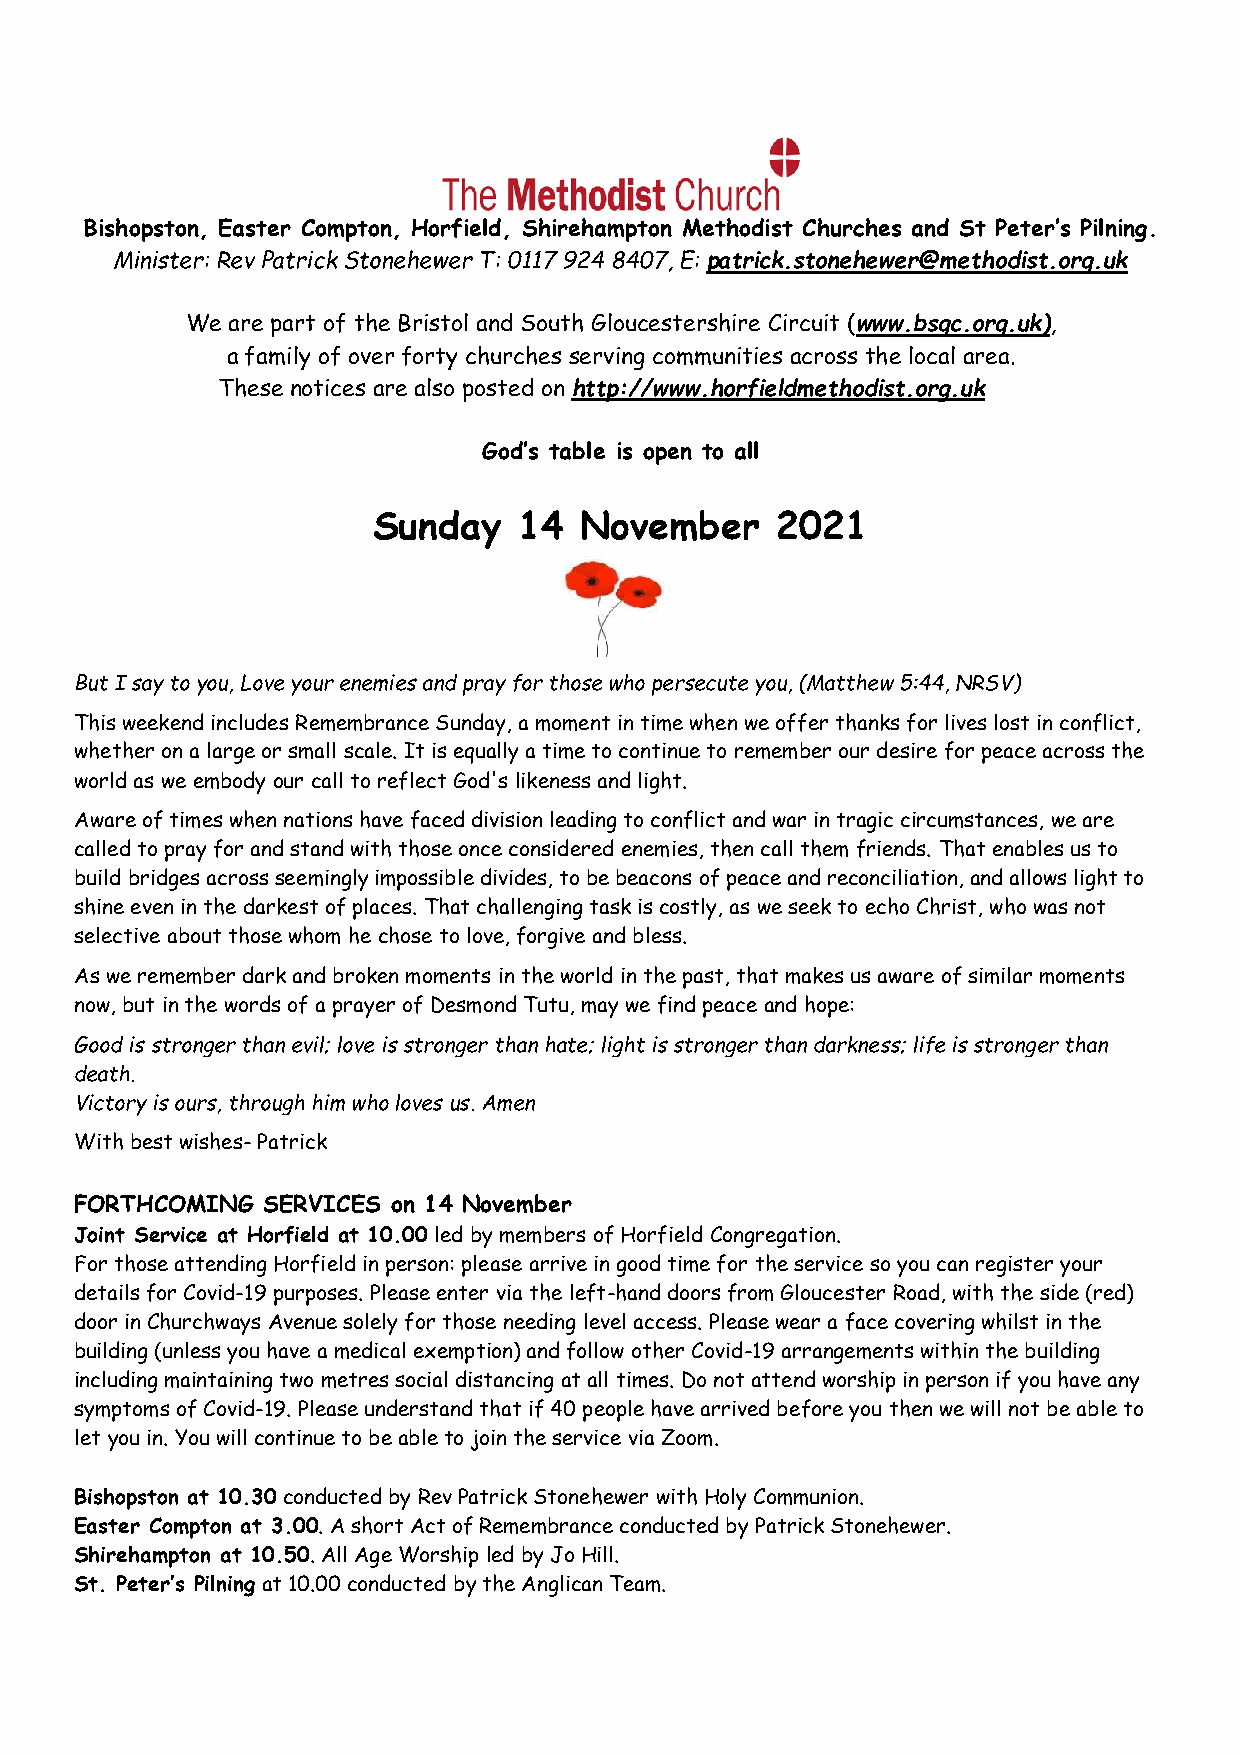
Bishopston, Easter Compton, Horfield, Shirehampton Methodist Churches and St Peter’s Pilning.
 Minister: Rev Patrick Stonehewer T: 0117 924 8407, E: patrick.stonehewer@methodist.org.uk
 We are part of the Bristol and South Gloucestershire Circuit (www.bsgc.org.uk),
 a family of over forty churches serving communities across the local area.
 These notices are also posted on http://www.horfieldmethodist.org.uk
 God’s table is open to all
 Sunday   14  November     2021
 But I say to you, Love your enemies and pray for those who persecute you, (Matthew 5:44, NRSV)
 This weekend includes Remembrance Sunday, a moment in time when we offer thanks for lives lost in conflict,
 whether on a large or small scale. It is equally a time to continue to remember our desire for peace across the
 world as we embody our call to reflect God's likeness and light.
 Aware of times when nations have faced division leading to conflict and war in tragic circumstances, we are
 called to pray for and stand with those once considered enemies, then call them friends. That enables us to
 build bridges across seemingly impossible divides, to be beacons of peace and reconciliation, and allows light to
 shine even in the darkest of places. That challenging task is costly, as we seek to echo Christ, who was not
 selective about those whom he chose to love, forgive and bless.
 As we remember dark and broken moments in the world in the past, that makes us aware of similar moments
 now, but in the words of a prayer of Desmond Tutu, may we find peace and hope:
 Good is stronger than evil; love is stronger than hate; light is stronger than darkness; life is stronger than
 death.
 Victory is ours, through him who loves us. Amen
 With best wishes- Patrick
 FORTHCOMING SERVICES on 14 November
 Joint Service at Horfield at 10.00 led by members of Horfield Congregation.
 For those attending Horfield in person: please arrive in good time for the service so you can register your
 details for Covid-19 purposes. Please enter via the left-hand doors from Gloucester Road, with the side (red)
 door in Churchways Avenue solely for those needing level access. Please wear a face covering whilst in the
 building (unless you have a medical exemption) and follow other Covid-19 arrangements within the building
 including maintaining two metres social distancing at all times. Do not attend worship in person if you have any
 symptoms of Covid-19. Please understand that if 40 people have arrived before you then we will not be able to
 let you in. You will continue to be able to join the service via Zoom.
 Bishopston at 10.30 conducted by Rev Patrick Stonehewer with Holy Communion.
 Easter Compton at 3.00. A short Act of Remembrance conducted by Patrick Stonehewer.
 Shirehampton at 10.50. All Age Worship led by Jo Hill.
 St. Peter’s Pilning at 10.00 conducted by the Anglican Team.